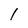
Character: 1